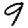
Digit: 9